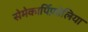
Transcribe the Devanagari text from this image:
सेमेकार्पिफ़ोलिया